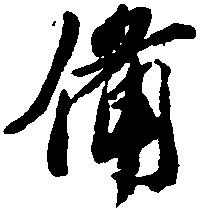
備